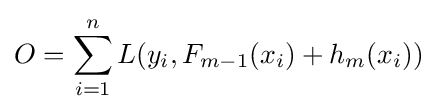
O=\sum _{i=1}^{n}{L(y_{i},F_{m-1}(x_{i})+h_{m}(x_{i}))}